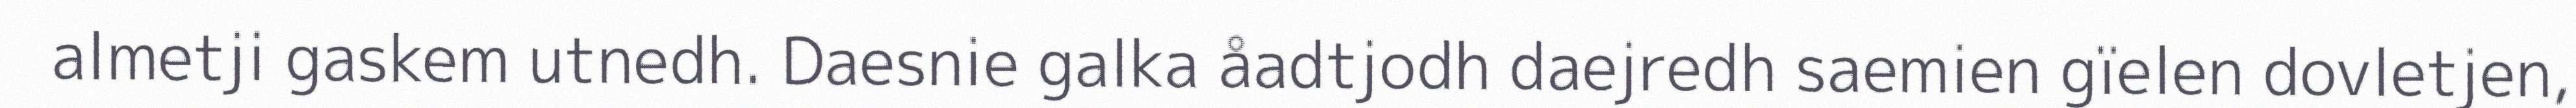
almetji gaskem utnedh. Daesnie galka åadtjodh daejredh saemien gïelen dovletjen,